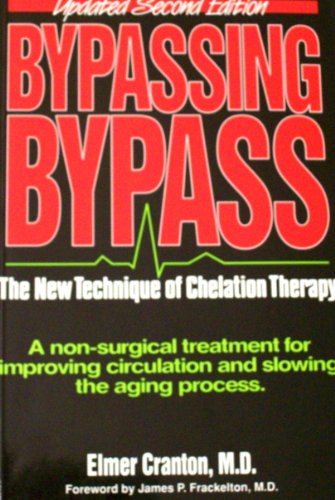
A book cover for Bypassing Bypass. the New Technique of Chelation Therapy; Health, Fitness & Dieting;